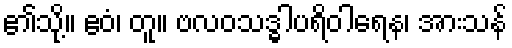
၏သို့။ ဧဝံ၊ တူ။ ဗလဝသဒ္ဓါပရိဝါရေန၊ အားသန်